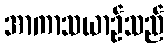
အာကာသယာဉ်သည်